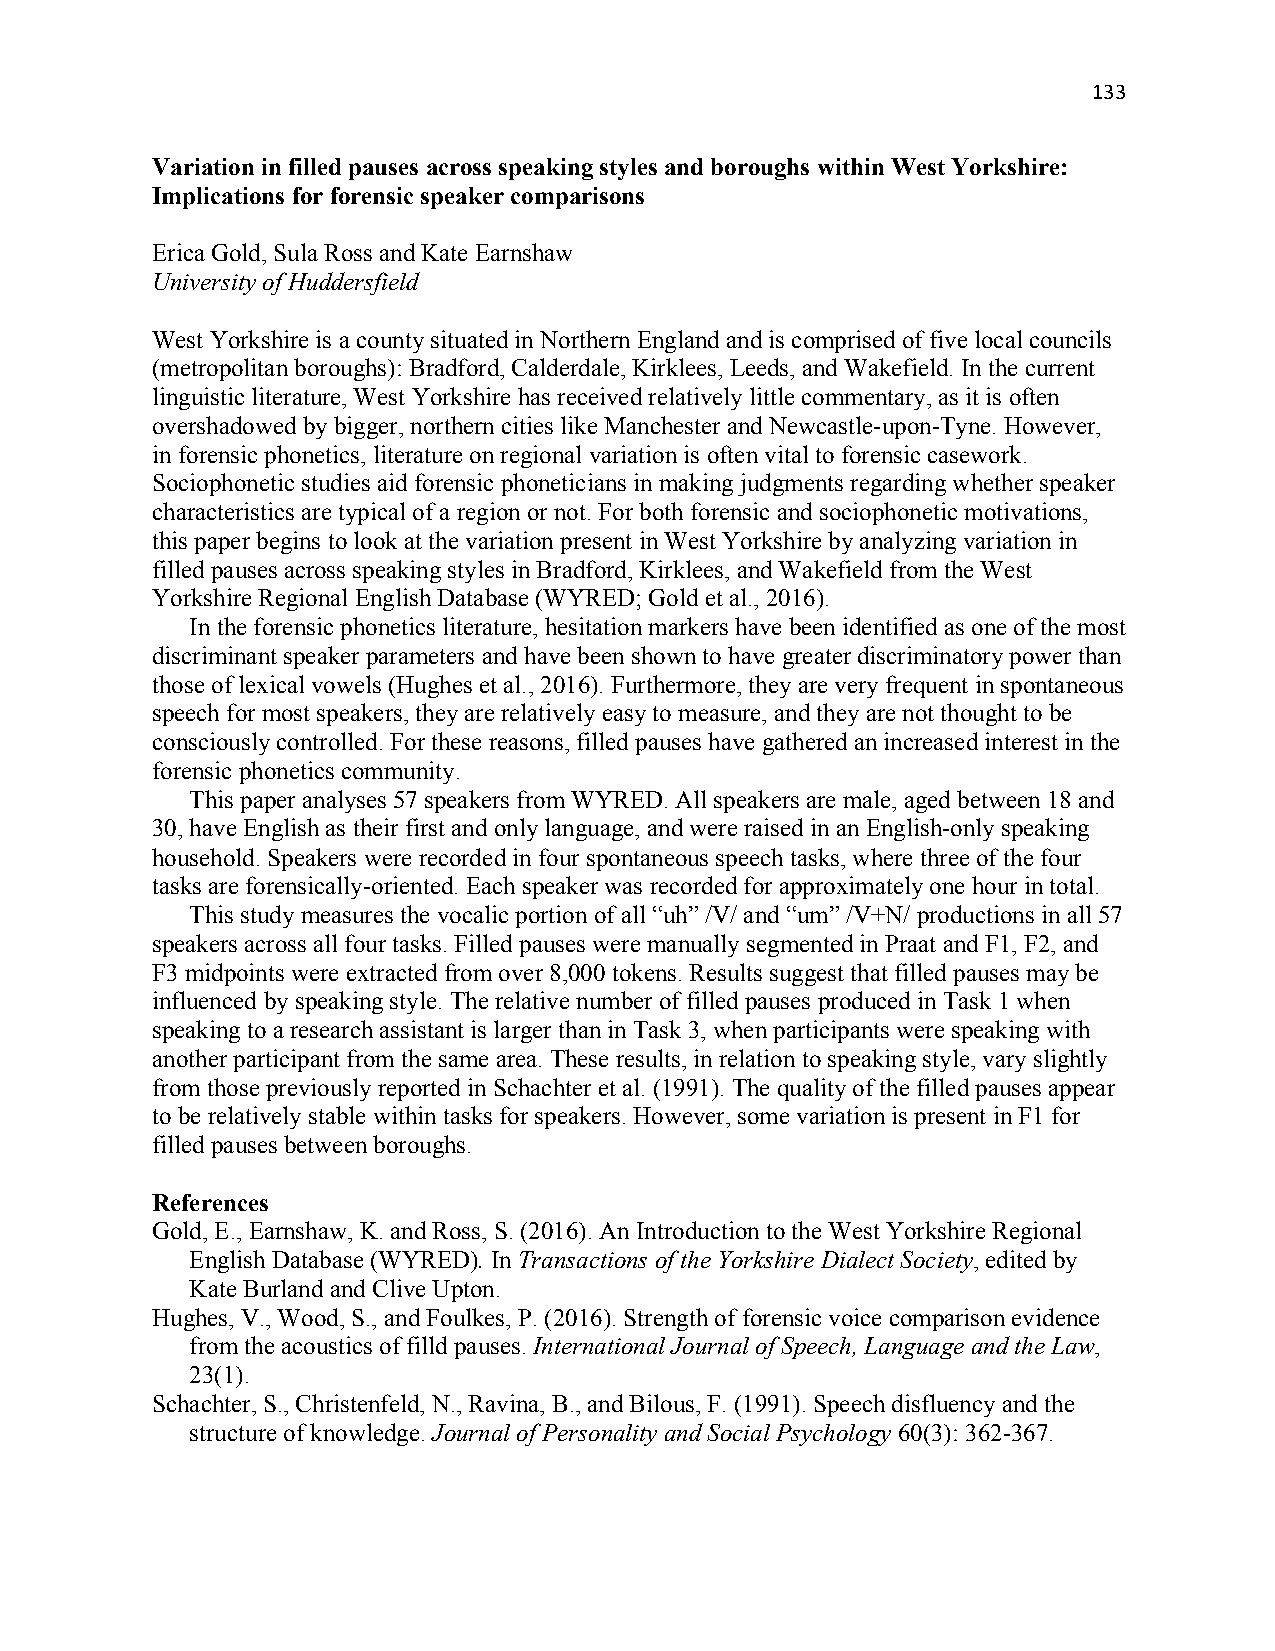
133
 Variation in filled pauses across speaking styles and boroughs within West Yorkshire:
 Implications for forensic speaker comparisons
 Erica Gold, Sula Ross and Kate Earnshaw
 University of Huddersfield
 West Yorkshire is a county situated in Northern England and is comprised of five local councils
 (metropolitan boroughs): Bradford, Calderdale, Kirklees, Leeds, and Wakefield. In the current
 linguistic literature, West Yorkshire has received relatively little commentary, as it is often
 overshadowed by bigger, northern cities like Manchester and Newcastle-upon-Tyne. However,
 in forensic phonetics, literature on regional variation is often vital to forensic casework.
 Sociophonetic studies aid forensic phoneticians in making judgments regarding whether speaker
 characteristics are typical of a region or not. For both forensic and sociophonetic motivations,
 this paper begins to look at the variation present in West Yorkshire by analyzing variation in
 filled pauses across speaking styles in Bradford, Kirklees, and Wakefield from the West
 Yorkshire Regional English Database (WYRED; Gold et al., 2016).
 In the forensic phonetics literature, hesitation markers have been identified as one of the most
 discriminant speaker parameters and have been shown to have greater discriminatory power than
 those of lexical vowels (Hughes et al., 2016). Furthermore, they are very frequent in spontaneous
 speech for most speakers, they are relatively easy to measure, and they are not thought to be
 consciously controlled. For these reasons, filled pauses have gathered an increased interest in the
 forensic phonetics community.
 This paper analyses 57 speakers from WYRED. All speakers are male, aged between 18 and
 30, have English as their first and only language, and were raised in an English-only speaking
 household. Speakers were recorded in four spontaneous speech tasks, where three of the four
 tasks are forensically-oriented. Each speaker was recorded for approximately one hour in total.
 This study measures the vocalic portion of all “uh” /V/ and “um” /V+N/ productions in all 57
 speakers across all four tasks. Filled pauses were manually segmented in Praat and F1, F2, and
 F3 midpoints were extracted from over 8,000 tokens. Results suggest that filled pauses may be
 influenced by speaking style. The relative number of filled pauses produced in Task 1 when
 speaking to a research assistant is larger than in Task 3, when participants were speaking with
 another participant from the same area. These results, in relation to speaking style, vary slightly
 from those previously reported in Schachter et al. (1991). The quality of the filled pauses appear
 to be relatively stable within tasks for speakers. However, some variation is present in F1 for
 filled pauses between boroughs.
 References
 Gold, E., Earnshaw, K. and Ross, S. (2016). An Introduction to the West Yorkshire Regional
 English Database (WYRED). In Transactions of the Yorkshire Dialect Society, edited by
 Kate Burland and Clive Upton.
 Hughes, V., Wood, S., and Foulkes, P. (2016). Strength of forensic voice comparison evidence
 from the acoustics of filld pauses. International Journal of Speech, Language and the Law,
 23(1).
 Schachter, S., Christenfeld, N., Ravina, B., and Bilous, F. (1991). Speech disfluency and the
 structure of knowledge. Journal of Personality and Social Psychology 60(3): 362-367.